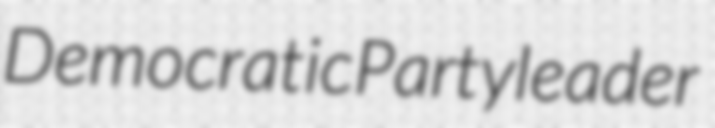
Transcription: Democratic Party leader